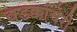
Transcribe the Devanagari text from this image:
वडक्कांचेरी